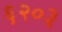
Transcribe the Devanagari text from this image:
६२०३